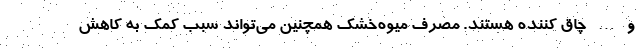
و … چاق کننده هستند. مصرف میوه‌خشک همچنین می‌تواند سبب کمک به کاهش